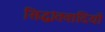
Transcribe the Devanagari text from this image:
सिद्धांतवादियों